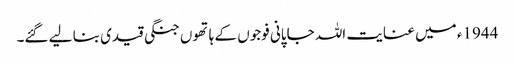
1944ء میں عنایت اللہ جاپانی فوجوں کے ہاتھوں جنگی قیدی بنا لیے گئے۔